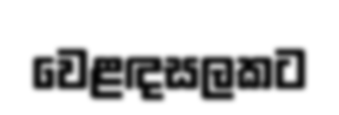
වෙළඳසලකට